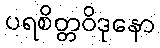
ပရစိတ္တဝိဒုနော